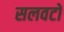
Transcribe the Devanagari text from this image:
सलवटों